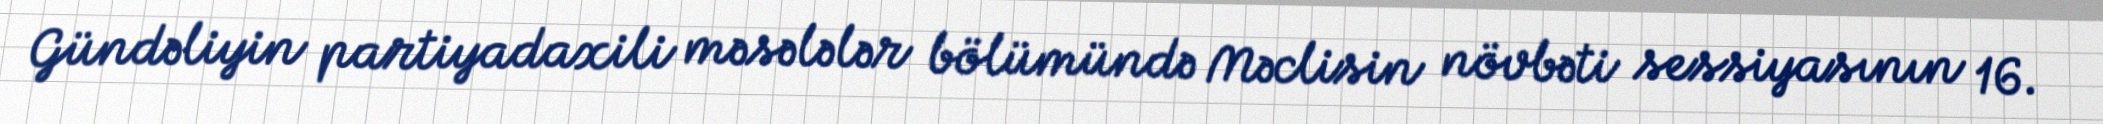
Gündəliyin partiyadaxili məsələlər bölümündə Məclisin növbəti sessiyasının 16.